Lunatic asylums Madras 1877-1891 - 1877-1891
Year: 1877
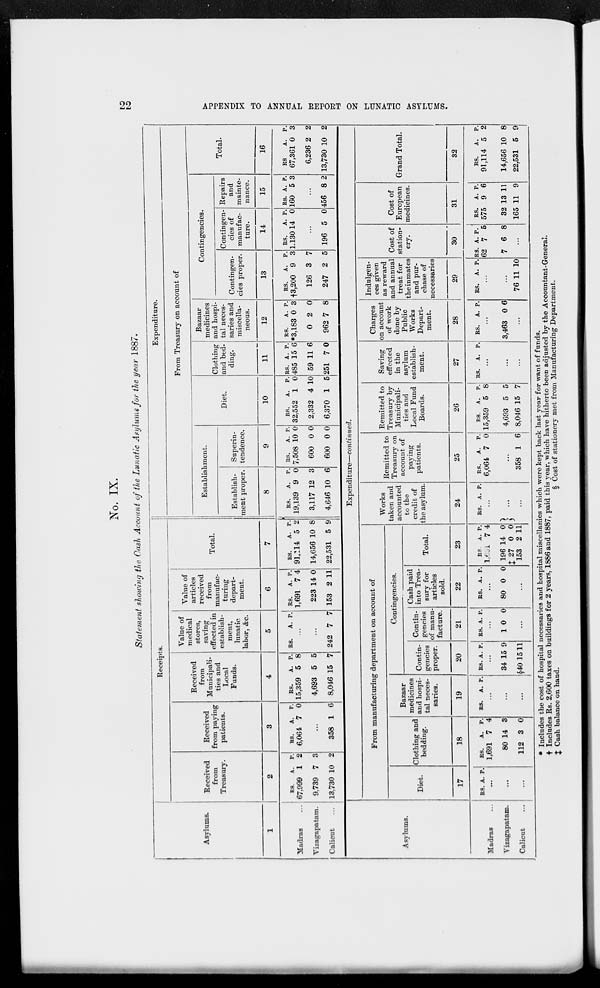
22
APPENDIX TO ANNUAL REPORT ON LUNATIC ASYLUMS.
No. IX.
Statement showing the Cash Account of the Lunatic Asylums for the year 1887.
Asylums.
1
Madras ...
Vizagapatam.
Calicut
...
Receipts.
Received
from
Treasury.
2
RS.
67,999
9,739
13,730
A.
1
7
10
P.
2
3
2
Received
from paying
patients.
3
RS.
6,064
A.
7
P.
0
...
358 1 6
Received
from
Municipali-
ties and
Local
Funds.
4
RS.
15,359
4,693
8,046
A.
5
5
15
P.
8
5
7
Value of
medical
stores,
saving
effected in
establish-
ment,
lunatic
labor, &c.
5
RS.
A. P.
...
...
242 7
7
Value of
articles
received
from
manufac-
turing
depart-
ment.
6
RS.
1,691
223
153
A.
7
14
2
P.
4
0
11
Total.
7
RS.
91,114
14,656
22,531
A.
5
10
5
P.
2
3
9
Expenditure.
From Treasury on account of
Establishment.
Establish-
ment proper.
8
RS.
19,139
3,117
4,646
A.
9
12
10
P.
0
3
6
Superin-
tendence.
9
RS.
7,508
600
600
A.
10
0
0
P.
0
0
0
Diet.
10
RS.
32,552
2,332
6,370
A.
1
4
1
P.
0
10
5
Clothing
and bed-
ding.
11
RS.
485
59
251
A.
15
11
7
P.
6
6
0
Bazaar
medicines
and hospi-
tal neces-
saries and
miscella-
neous.
12
RS.
*3,183
0
962
A.
0
2
7
P.
3
0
8
Contingencies.
Contingen-
cies proper.
13
RS.
†3,200
126
247
A.
9
3
2
P.
3
7
5
Contingen-
cies of
manufac-
ture.
14
RS.
1,130
A.
14
P.
0
...
196 5 0
Repairs
and
mainte-
nance.
15
RS.
160
A.
5
P.
3
...
456 8 2
Total.
16
RS
67,361
6,236
13,730
A.
0
2
10
P.
3
2
2
Asylums.
Madras ...
Vizagapatam...
Calicut...
Expenditure—continued.
From manufacturing department on account of
Diet.
17
RS. A. P.
...
...
...
Clothing and
bedding.
18
RS.
1,691
80
112
A.
7
14
3
P.
4
3
0
Bazaar
medicines
and hospi-
tal neces-
saries.
19
RS. A. P.
...
...
...
Contingencies.
Contin-
gencies
proper.
20
RS. A. P.
...
34
40
15
15
9
11
Contin-
gencies
of manu-
facture.
21
RS. A. P.
...
1 0 0
...
Cash paid
into Trea-
sury for
articles
sold.
22
RS. A. P.
...
80 0 0
...
Total.
23
RS
l,601
196
‡ 27
153
A.
7
14
0
2
P.
4
0
0
11
Works
taken and
accounted
to the
credit of
the asylum.
24
RS. A. P.
...
...
...
Remitted to
Treasury on
account of
paying
patients.
25
RS.
6,064
A.
7
P.
0
...
358 1 6!
Remitted to
Treasury by
Municipali-
ties and
Local Fund
Boards.
26
RS.
15,359
4,693
8,046
A.
5
5
15
P.
8
5
7
Saving
effected
in the
asylum
establish-
ment.
27
RS. A. P.
...
...
...
Charges
on account
of work
done by
Public
Works
Depart-
ment.
28
RS. A. P.
...
3,463 0 6
...
Indulgen-
ces given
as reward
and annual
treat for
the inmates
and pur-
chase of
necessaries
29
RS. A. P.
...
...
76 11 10
Cost of
station-
ery.
30
RS.
62
7
A.
7
6
P.
5
8
...
Cost of
European
medicines.
31
RS.
575
32
165
A.
9
13
11
P.
6
11
9
Grand Total.
32
RS.
91,114
14,656
22,531
A.
5
10
5
P.
2
8
9
* Includes the cost of hospital necessaries and hospital miscellanies which were kept back last year for want of funds.
† Includes Rs. 2,600 taxes on buildings for 2 years, 1886 and 1887, paid this year, which have hitherto been adjusted by the Accountant-General.
‡ Cash balance on hand.
§ Cost of stationery met from Manufacturing Department.